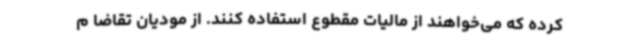
کرده که می‌خواهند از مالیات مقطوع استفاده کنند. از مودیان تقاضا م